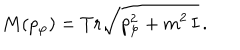
M ( p _ { \varphi } ) = T r \sqrt { p _ { \varphi } ^ { 2 } + m ^ { 2 } \, { \bf I } } \, .